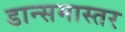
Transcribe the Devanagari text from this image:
डान्समास्तर